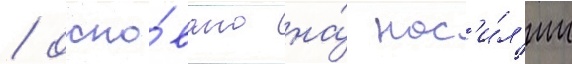
/ осно́вано на́ нас'и́л'ии